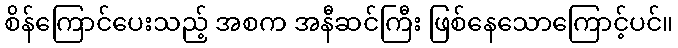
စိန်ကြောင်ပေးသည့် အစက အနီဆင်ကြီး ဖြစ်နေသောကြောင့်ပင်။